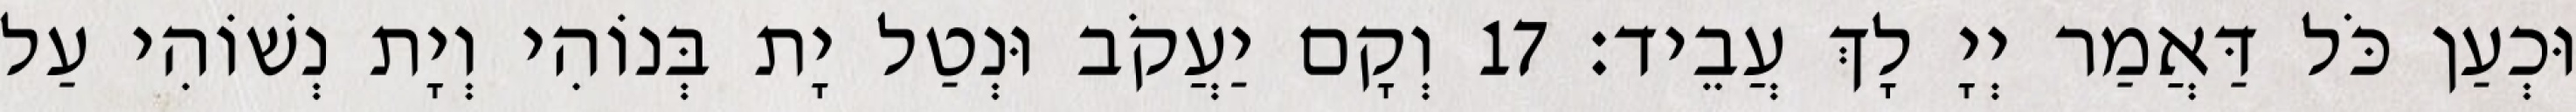
וּכְעַן כֹּל דַּאֲמַר יְיָ לָךְ עֲבֵיד׃ 17 וְקָם יַעֲקֹב וּנְטַל יָת בְּנוֹהִי וְיָת נְשׁוֹהִי עַל